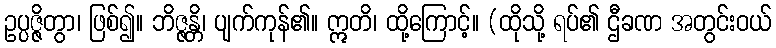
ဥပ္ပဇ္ဇိတွာ၊ ဖြစ်၍။ ဘိဇ္ဇန္တိ၊ ပျက်ကုန်၏။ ဣတိ၊ ထို့ကြောင့်။ (ထိုသို့ ရပ်၏ ဌီခဏ အတွင်းဝယ်